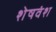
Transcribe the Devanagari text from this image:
शेषवंश